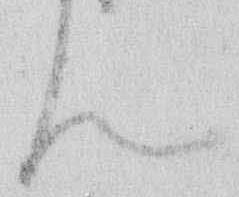
ん